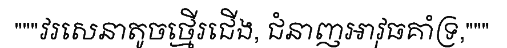
"""វរសេនាតូចថ្មើរជើង, ជំនាញអាវុធគាំទ្រ,"""